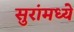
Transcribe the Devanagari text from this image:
सुरांमध्ये